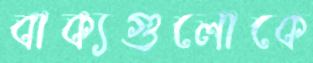
বাক্যগুলোকে